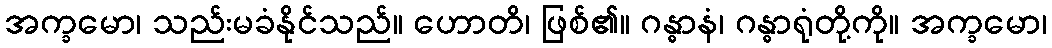
အက္ခမော၊ သည်းမခံနိုင်သည်။ ဟောတိ၊ ဖြစ်၏။ ဂန္ဓာနံ၊ ဂန္ဓာရုံတို့ကို။ အက္ခမော၊